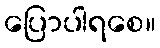
ပြောပါရစေ။